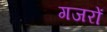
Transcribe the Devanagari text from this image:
गजरों